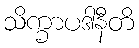
သိက္ခာပဒါနီတိ